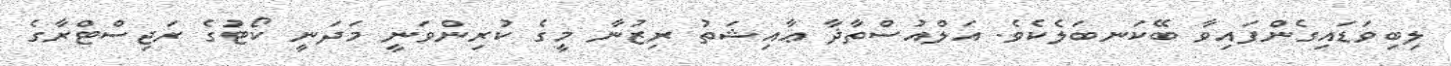
ލިބިވަޑައިގެންފައިވާ ބޭކަނބަލެކެވެ. އަލްއުސްތާޛާ ޢާއިޝަތު ރިޒުނާ މީގެ ކުރިންވަނީ މަދަނީ ކޯޓުގެ ރަޖިސްޓްރާގެ